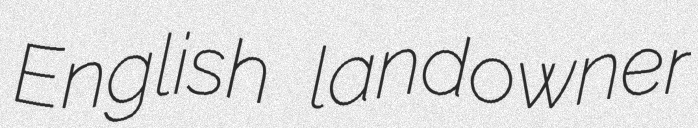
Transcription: English landowner